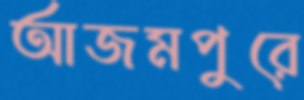
আজমপুরে